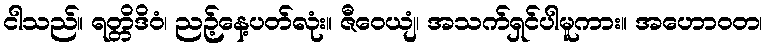
ငါသည်။ ရတ္တိဒိဝံ၊ ညဉ့်နေ့ပတ်လုံး။ ဇီဝေယျံ၊ အသက်ရှင်ပါမူကား။ အဟောဝတ၊